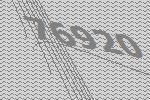
76920